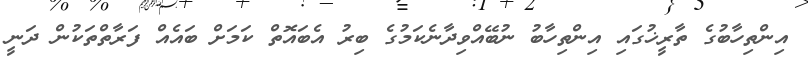
އިންތިހާބުގެ ތާރީޚުގައި އިންތިހާބު ނުބޭއްވިދާނެކަމުގެ ބިރު އެބައޮތް ކަމަށް ބައެއް ފަރާތްތަކުން ދަނީ